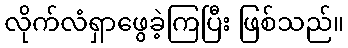
လိုက်လံရှာဖွေခဲ့ကြပြီး ဖြစ်သည်။